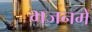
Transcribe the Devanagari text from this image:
भजनमें